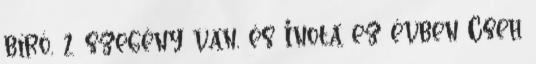
bíró, 2 szegény van, és Inota ez évben Cseh